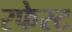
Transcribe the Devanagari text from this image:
रफेस्ट